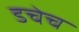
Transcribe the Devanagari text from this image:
डचेच